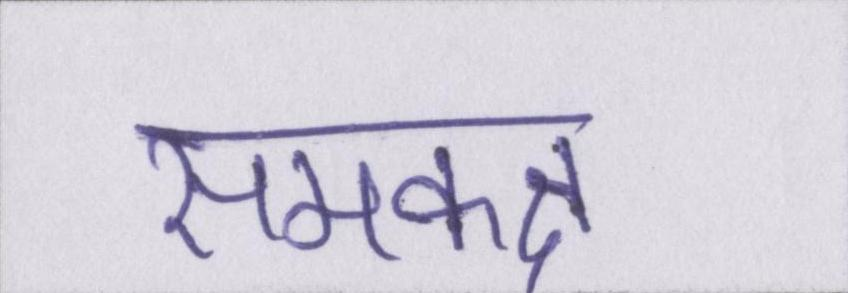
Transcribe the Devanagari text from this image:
समकक्ष